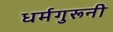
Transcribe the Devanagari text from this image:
धर्मगुरूनी